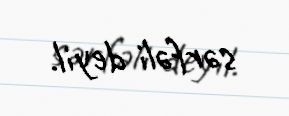
sərfəli deyil.